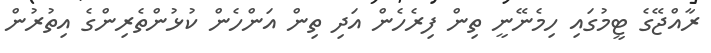
ރާއްޖޭގެ ޓީމުގައި ހިމެނޭނީ ތިން ފިރެހެން އަދި ތިން އަންހެން ކުޅުންތެރިންގެ އިތުރުން